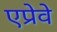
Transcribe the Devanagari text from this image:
एप्रेवे